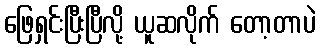
ဖြေရှင်းပြီးပြီလို့ ယူဆလိုက် တော့တာပဲ